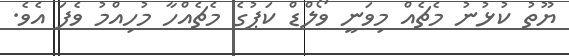
ޔޫތު ކުޅުނު މެޗެއް މިވަނީ ވޯލްޑް ކަޕުގެ މެޗެއްހާ މުހިއްމު ވެފަ އެވެ.